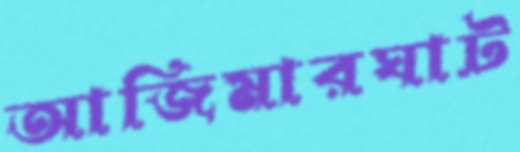
আজিমারঘাট